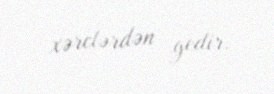
xərclərdən gedir.